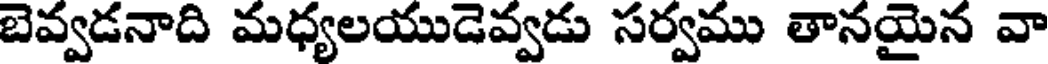
బెవ్వడనాది మధ్యలయుడెవ్వడు సర్వము తానయైన వా